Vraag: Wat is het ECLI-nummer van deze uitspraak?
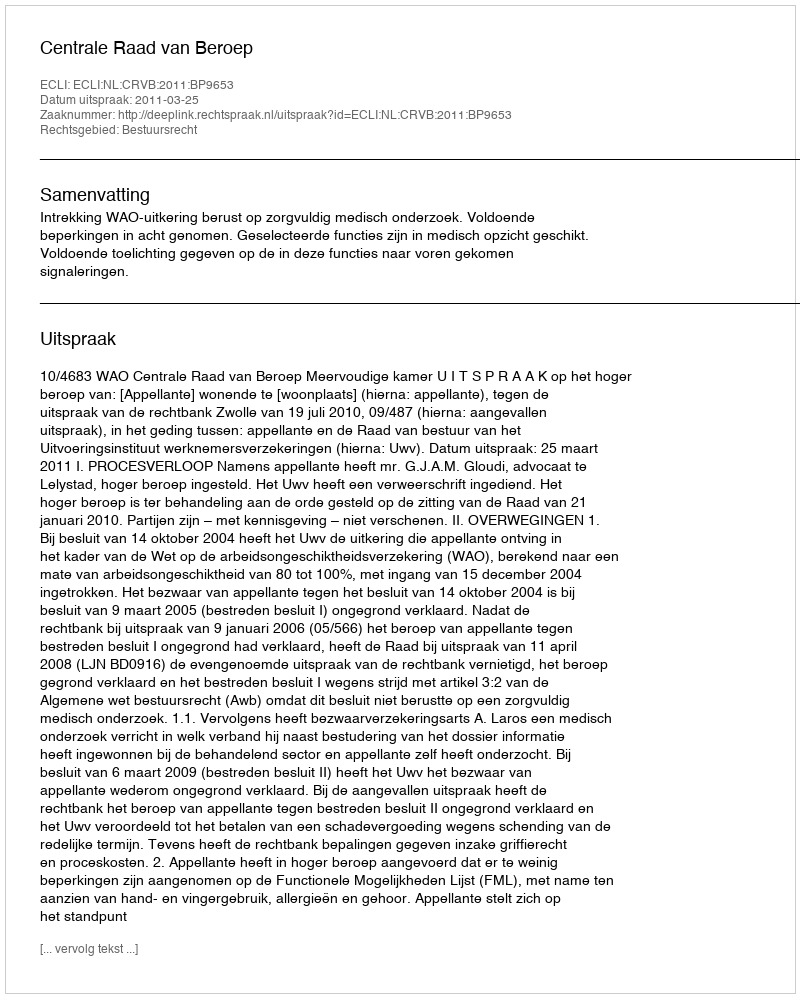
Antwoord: ECLI:NL:CRVB:2011:BP9653